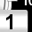
Digit: 1